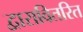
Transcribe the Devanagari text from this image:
द्वारावितरित